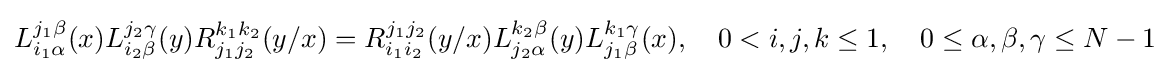
L_{i_{1}\alpha }^{j_{1}\beta }(x)L_{i_{2}\beta }^{j_{2}\gamma }(y)R_{j_{1}j_{2}}^{k_{1}k_{2}}(y/x)=R_{i_{1}i_{2}}^{j_{1}j_{2}}(y/x)L_{j_{2}\alpha }^{k_{2}\beta }(y)L_{j_{1}\beta }^{k_{1}\gamma }(x),\quad 0<i,j,k\leq 1,\quad 0\leq \alpha ,\beta ,\gamma \leq N-1